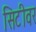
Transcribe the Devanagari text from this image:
सिटीवर